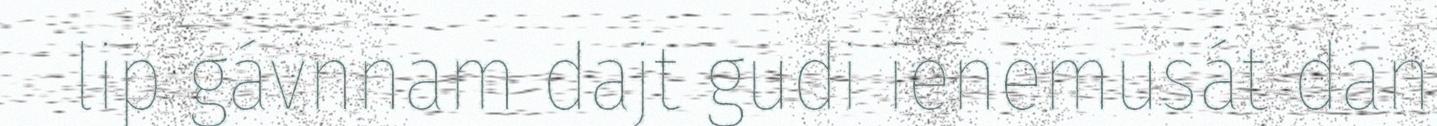
lip gávnnam dajt gudi ienemusát dan